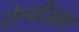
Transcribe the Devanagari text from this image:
ऐल्वीअलर